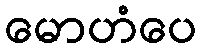
မောဟံပေ